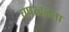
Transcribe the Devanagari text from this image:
चपखलता